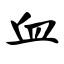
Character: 血